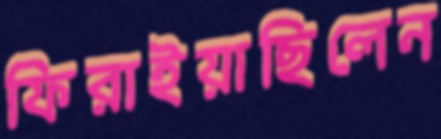
ফিরাইয়াছিলেন